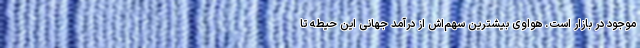
موجود در بازار است. هواوی بیشترین سهم‌اش از درآمد جهانی این حیطه تا